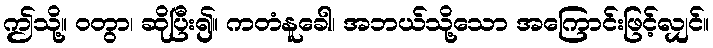
ဤသို့။ ဝတွာ၊ ဆိုပြီး၍။ ကတံနူခေါ၊ အဘယ်သို့သော အကြောင်းဖြင့်လျှင်။